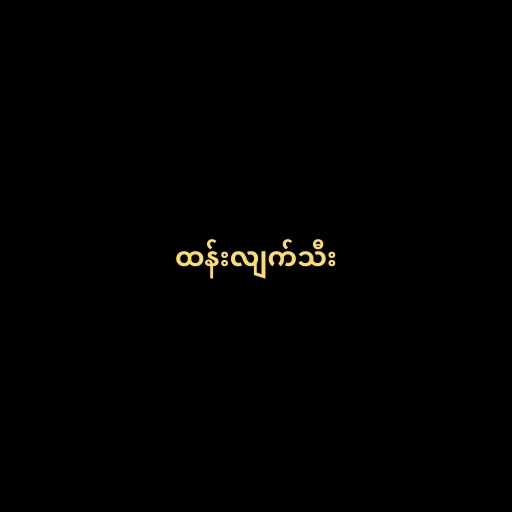
ထန်းလျက်သီး